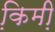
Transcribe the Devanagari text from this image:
कि़मी़